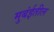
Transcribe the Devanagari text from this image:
मुबंईतील